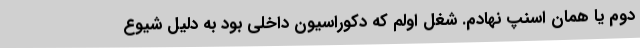
دوم یا همان اسنپ نهادم. شغل اولم که دکوراسیون داخلی بود به دلیل شیوع